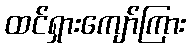
ထင်ရှားကျော်ကြား